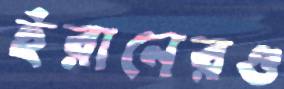
ইরানেরও